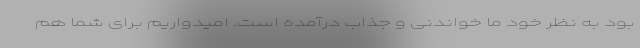
بود به نظر خود ما خواندنی و جذاب درآمده است. امیدواریم برای شما هم